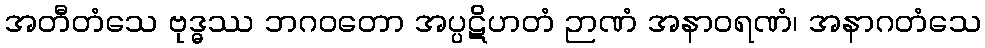
အတီတံသေ ဗုဒ္ဓဿ ဘဂဝတော အပ္ပဋိဟတံ ဉာဏံ အနာဝရဏံ၊ အနာဂတံသေ